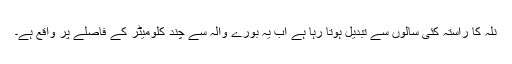
نلہ کا راستہ کئی سالوں سے تبدیل ہوتا رہا ہے اب یہ بورے والہ سے چند کلومیٹر کے فاصلے پر واقع ہے۔